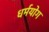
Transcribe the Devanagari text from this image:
धर्मयोग